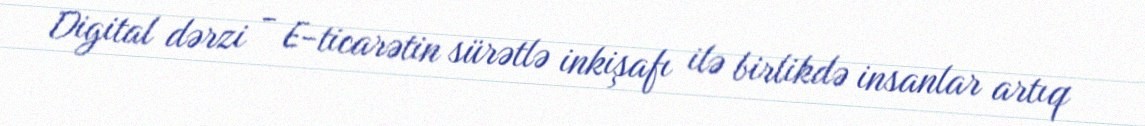
Digital dərzi - E-ticarətin sürətlə inkişafı ilə birlikdə insanlar artıq